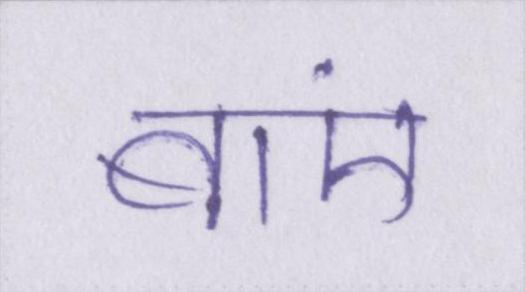
बाएं